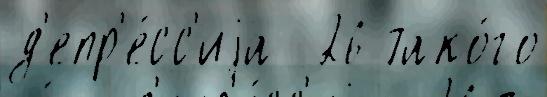
д'епр'е́сс'иjа  26 тако́го